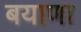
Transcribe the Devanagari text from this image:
बयाणा